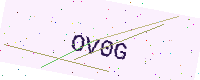
Text: OV0G